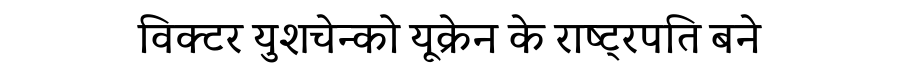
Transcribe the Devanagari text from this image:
विक्टर युशचेन्को यूक्रेन के राष्ट्रपति बने